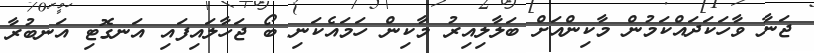
ޖަނާ ވާހަކަދައްކަމުން މާކިންއަށް ބަލާލިއިރު މާކިން ހަމައެކަނި ބޯ ޖަހާލައިފައި އަނގޮޓި އަނބުރާ